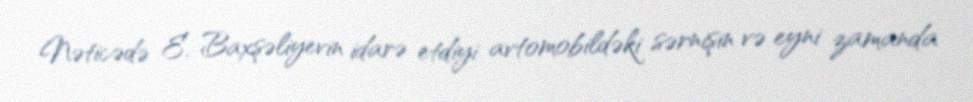
Nəticədə E. Baxşəliyevin idarə etdiyi avtomobildəki sərnişin və eyni zamanda